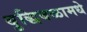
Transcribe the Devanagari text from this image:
बुद्धिबळामधे